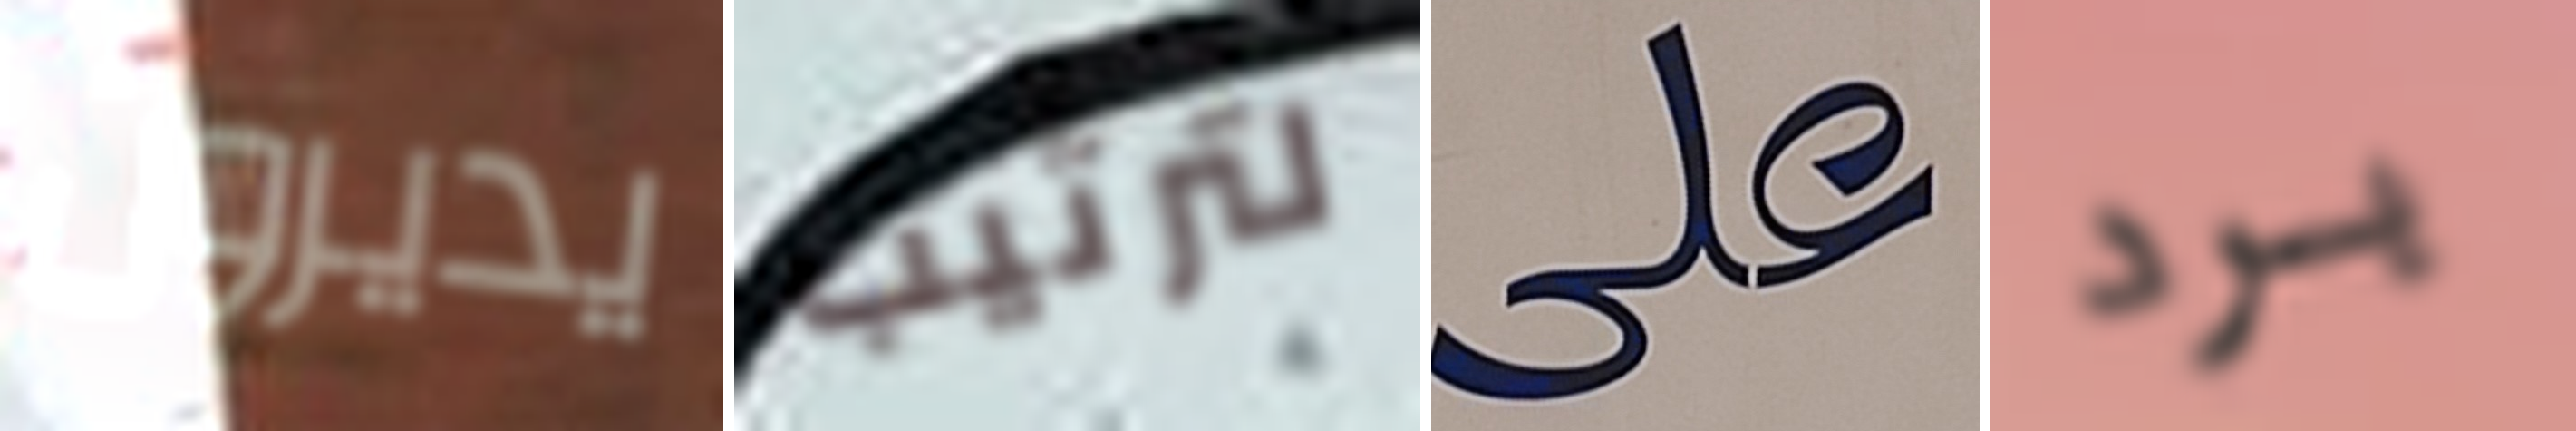
يديرون لترتيب على برد